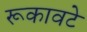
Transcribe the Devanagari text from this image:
रूकावटे